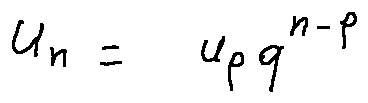
u _ { n } = u _ { p } q ^ { n - p }